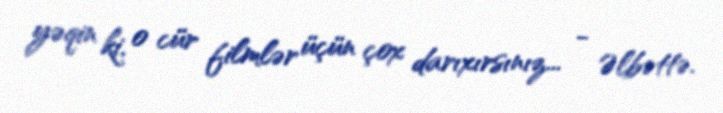
yəqin ki, o cür filmlər üçün çox darıxırsınız... - Əlbəttə.